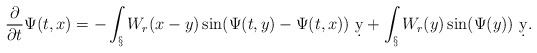
\begin{align*}\frac{\partial}{\partial t}\Psi(t,x) &= -\int_\S W_r(x-y)\sin(\Psi(t,y)-\Psi(t,x))\ \d y + \int_\S W_r(y)\sin(\Psi(y))\ \d y.\end{align*}